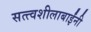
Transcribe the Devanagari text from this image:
सत्त्वशीलाबाईंनी